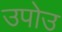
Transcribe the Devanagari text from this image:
उपोउ